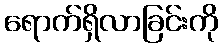
ရောက်ရှိလာခြင်းကို